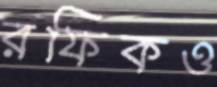
রফিকও